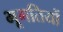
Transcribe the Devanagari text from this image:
भूगतियों